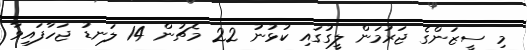
މި ސީޒަންގެ ޖަރުމަން ލީގުގައި ކުޅުނު 22 މެޗުން 14 ލަނޑު ޖަހާފައިވާ